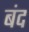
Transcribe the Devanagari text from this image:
बंद